Tartu_linnavalitsus, lk 20
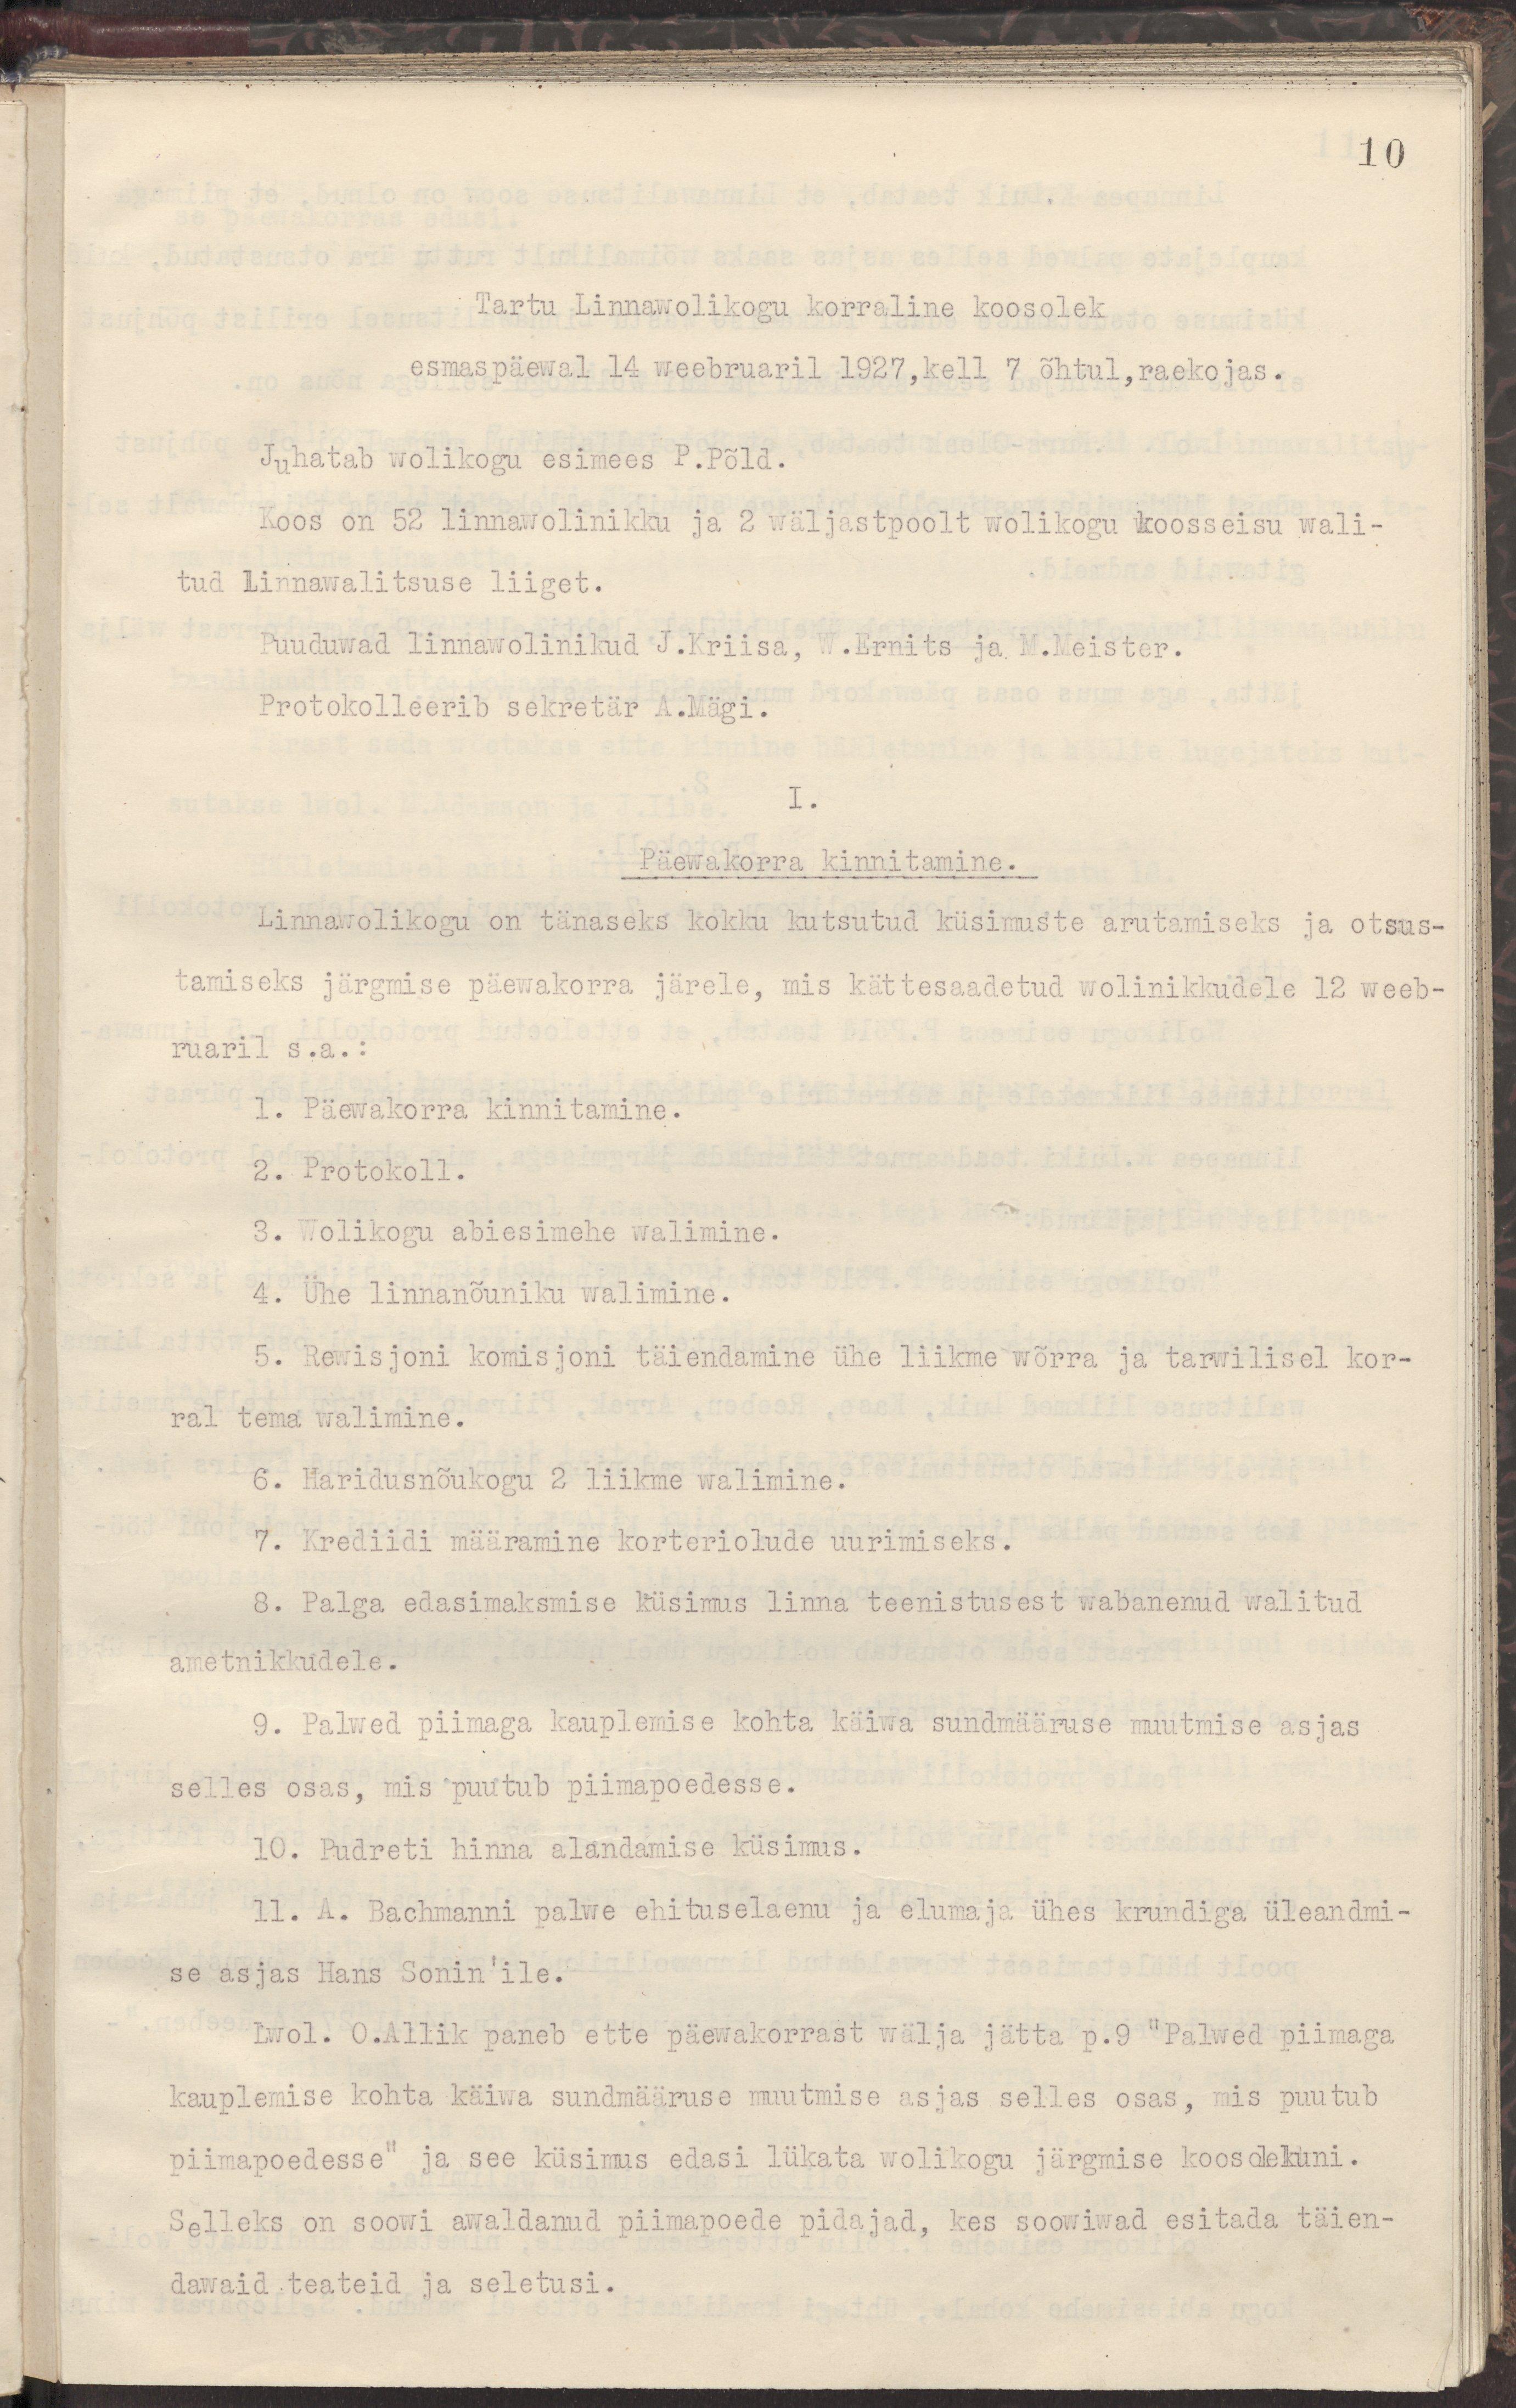
10
Tartu Linnawolikogu korraline koosolek
esmaspäeval 14 weebruaril 1927, kell 7 õhtul, raekojas.
Juhatab wolikogu esimees P.Põld.
Koos on 52 linnawolinikku ja 2 wäljastpoolt wolikogu koosseisu wali-
tud Linnawalitsuse liiget.
Puuduwad linnawolinikud J.Kriisa, W.Ernits ja M.Meister.
Protokolleerib sekretär A.Mägi.
I.
Päewakorra kinnitamine.
Linnawolikogu on tänaseks kokku kutsutud küsimuste arutamiseks ja otsus-
tamiseks järgmise päewakorra järele, mis kättesaadetud wolinikkudele 12 weeb-
ruaril s.a.:
1. Päewakorra kinnitamine.
2. Protokoll.
3. Wolikogu abiesimehe walimine.
4. Ühe linnanõuniku walimine.
5. Rewisjoni komisjoni täiendamine ühe liikme wõrra ja tarwilisel kor-
ral tema walimine.
6. Haridusnõukogu 2 liikme walimine.
7. Krediidi määramine korteriolude uurimiseks.
8. Palga edasimaksmise küsimus linna teenistusest wabanenud walitud
ametnikkudele.
9. Palwed piimaga kauplemise kohta käiwa sundmääruse muutmise asjas
selles osas, mis puutub piimapoedesse.
10. Pudreti hinna alandamise küsimus.
11. A. Bachmanni palwe ehituselaenu ja elumaja ühes krundiga üleandmi-
se asjas Hans Sonin'ile.
Lwol. O.Allik paneb ette päewakorrast wälja jätta p.9 "palwed piimaga
kauplemise kohta käiwa sundmääruse muutmise asjas selles osas, mis puutub
piimapoedesse" ja see küsimus edasi lükata wolikogu järgmise koosolekuni.
Selleks on soovi awaldanud piimapoede pidajad, kes soowiwad esitada täien-
dawaid teateid ja seletusi.